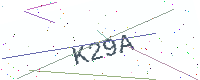
Text: K29A